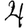
Digit: 4